Papers set at the Examination for Leaving Certificates, 1893
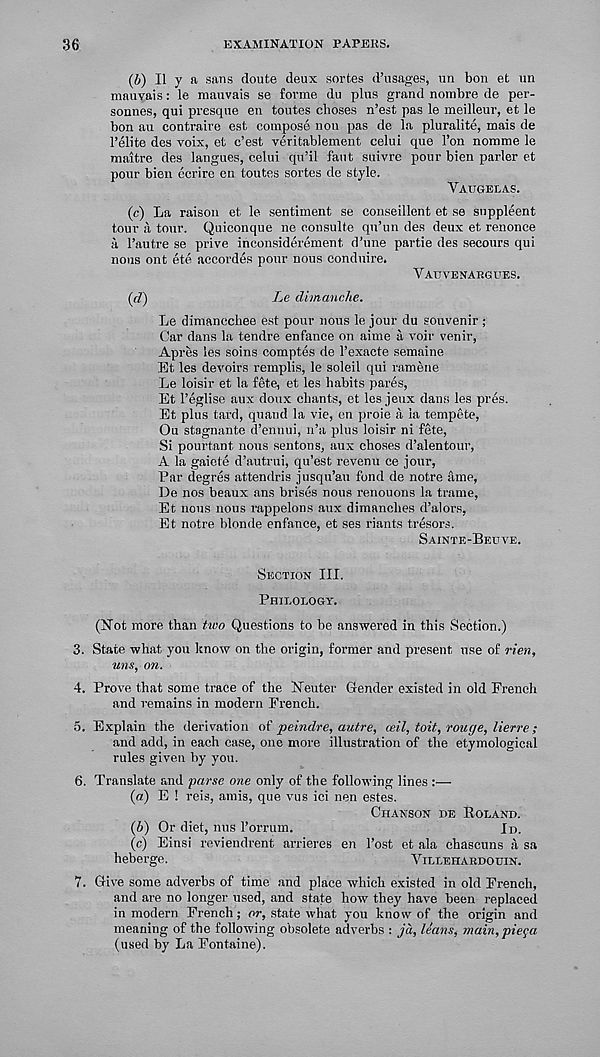
36
EXAMINATION PAPERS.
(b) II y a sans doute deux series d’usages, un bon et un
mauvais: le mauvais se forme du plus grand nombre de per-
sonnes, qui presque en toutes choses n’est pas le meilleur, et le
bon an contraire est compose non pas de la pluralite, mais de
I’elite des voix, et e’est veritablement celui que Ton nomine le
maitre des langues, celui qu’il faut suivre pour bien parler et
pour bieu ccrire en toutes sortes de style.
Vatjgelas.
(c) La raison et le sentiment se conseillent et se suppleent
tour a tour. Quiconque ne consulte qu’un des deux et renonce
a I’autre se prive inconsiderement d’une partie des secours qui
nous ont ete accordes pour nous eondnire.
Vauvenargues.
(ri)
Le dimanche.
Le dimancchee est pour nous le jour du souvenir ;
Car dans la tendre enfance on aime a voir venir,
Apres les soins comptes de Fexacte semaine
Et les devoirs remplis, le soleil qui ramene
Le loisir et la fete, et les habits pares,
Et 1’eglise aux doux chants, ct les jeux dans les pres.
Et plus tard, quand la vie, en proie a la tempete,
Ou stagnante d’ennui, n’a plus loisir ni fete,
Si pourtant nous sentons, aux choses d’alentour,
A la gaiete d’autrui, qu’est revenu ce jour,
Par degres attendris jusqu’au fond de notre amp,
De nos beaux ans brises nous renouons la trame,
Et nous nous rappelons aux dimanches d’alors,
Et notre blonde enfance, et ses riants tresors.
Sainte-Beuve.
Section III.
Philology.
(Not more than two Questions to be answered in this Section.)
3. State what you know on the origin, former and present use of rien,
uns, on.
4. Prove that some trace of the Neuter Gender existed in old French
and remains in modern French.
5. Explain the derivation of peindre, autre, ceil, toit, rouge, lierre;
and add, in each case, one more illustration of the etymological
rules given by you.
6. Translate and parse one only of the following lines :—
(a) E ! reis, amis, que vus ici nen estes.
Chanson he Roland.
(b) Or diet, nus I’orrum.
Jo.
(c) Einsi reviendrent arrieres en 1’ost et ala chascuns it sa
heberge.
Villehardouin.
7. Give some adverbs of time and place which existed in old French,
and are no longer used, and state how they have been replaced
in modern French ; or, state what you know of the origin and
meaning of the following obsolete adverbs : ja, leans, main, piega
(used by La Fontaine).